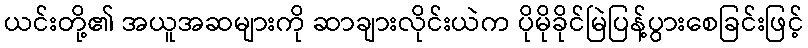
ယင်းတို့၏ အယူအဆများကို ဆာချားလိုင်းယဲက ပိုမိုခိုင်မြဲပြန့်ပွားစေခြင်းဖြင့်